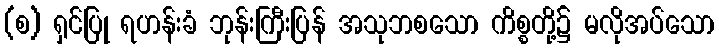
(စ) ရှင်ပြု ရဟန်းခံ ဘုန်းကြီးပြန် အသုဘစသော ကိစ္စတို့၌ မလိုအပ်သော